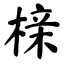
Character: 榇